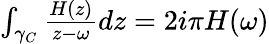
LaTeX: \begin{array}{r}{\int_{\gamma_{C}}\frac{H(z)}{z-\omega}dz=2i\pi H(\omega)}\end{array}